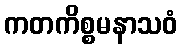
ကတကိစ္စမနာသဝံ